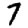
Digit: 7